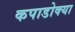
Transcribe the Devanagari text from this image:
कपाडोक्या